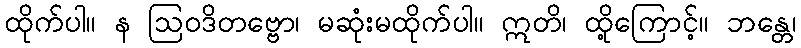
ထိုက်ပါ။ န ဩဝဒိတဗ္ဗော၊ မဆုံးမထိုက်ပါ။ ဣတိ၊ ထို့ကြောင့်။ ဘန္တေ၊